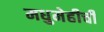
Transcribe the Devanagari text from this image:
मधुमेहीची